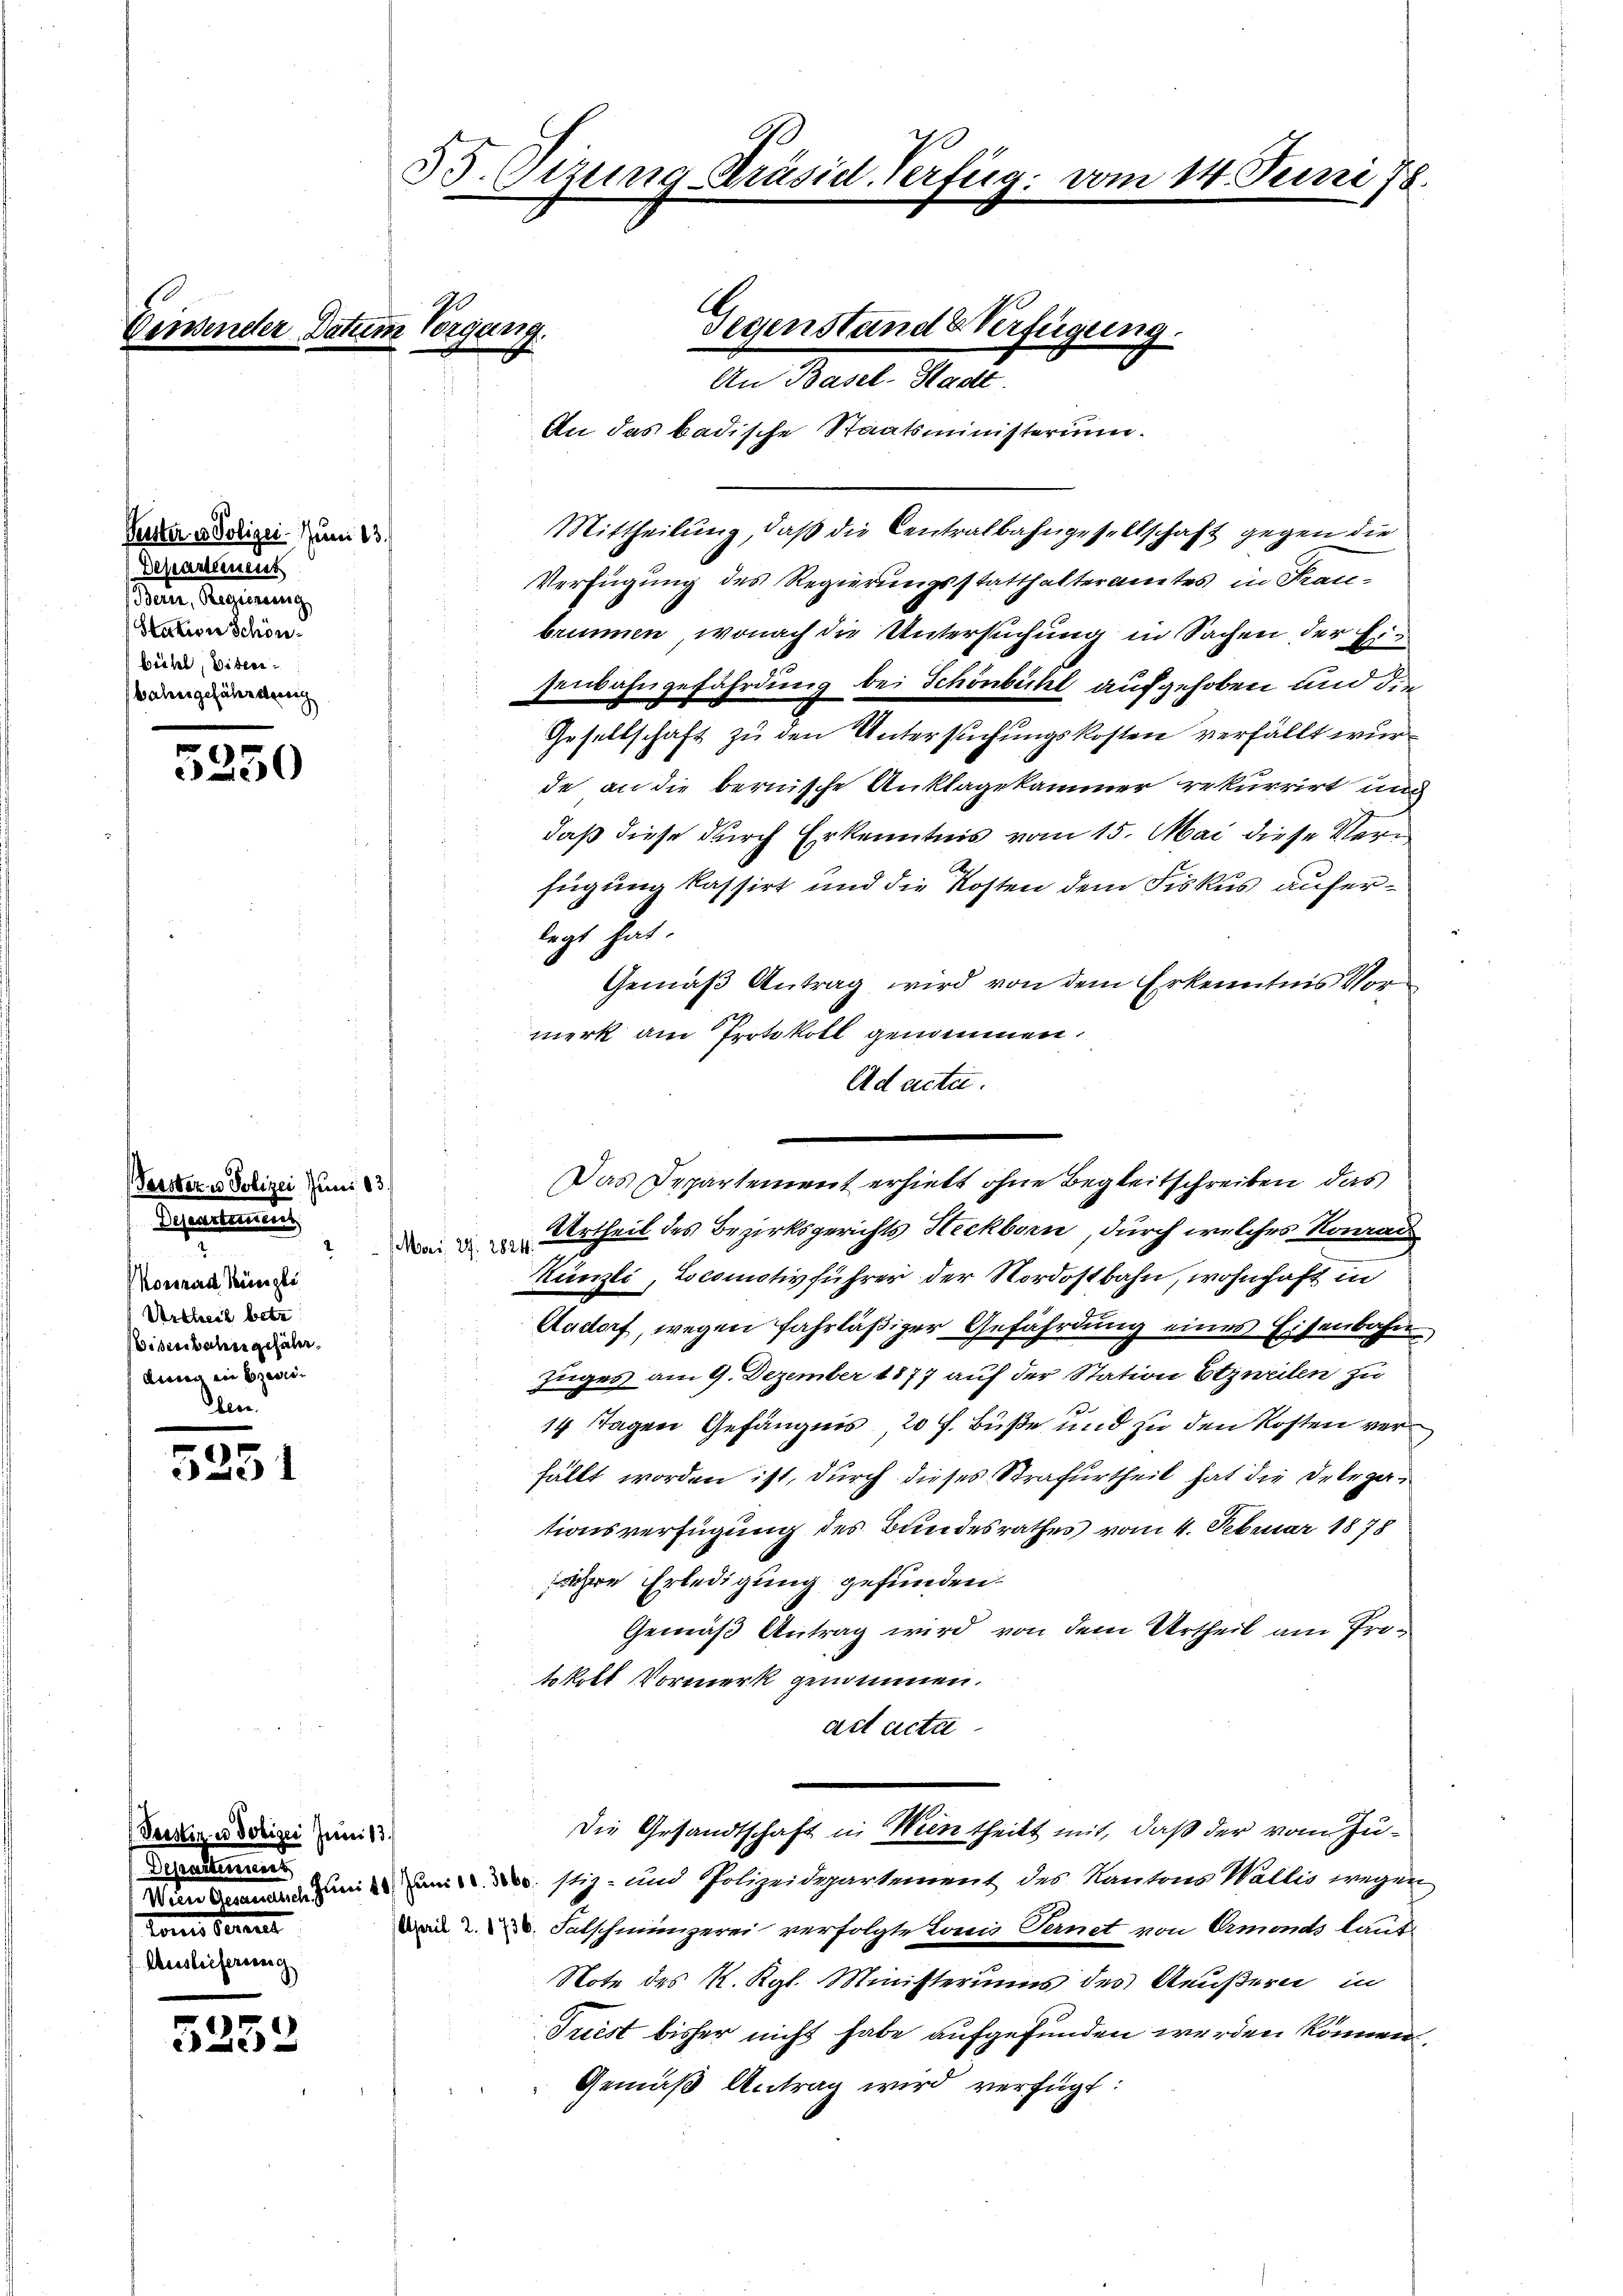
Einsender Datum Vorgang.

Peister u. Polizei. Juni 13.
Departeines
n. Regierung
Stativer Schön
bühel, Viberbahresgefährdung

5250

Verster u. Polizei Juni 183
Deseartement
Konrad Bünzli
Urtheil betr
isenbahn gehäler,
dung in bezei¬

Der

n
Ausleife

5251

5233

Pobiger Juni 13.
tinnert
en

55. Vizung-Präsid. Verfüg: von

Gegenstand & Verfügung.
An Basel-Stadt.

An das badische Staatsministerium

Mittheilung, daß die Centralbahngesellschaft gegen die
Verfügung des Regierungsstatthalteramtes in Frau-
brunnen, wonach die Untersuchung in Sachen der Eisenbahngefährdung bei Schönbühl aufgehoben und die
Gesellschaft zu den Untersuchungskosten verfällt wurde an die bernische Anklagekammer rekurrirt und
daß diese durch Erkenntnis vom 15. Mai diese Verfügung kassirt und die Kosten dem Fiskus auferlegt hat.
Gemäß Antrag wird von dem Erkenntnis Vormerk am Protokoll genommen.
Ad acta.
Urtheil des Bezirksgerichts Heckborn, durch welches Konrads
Mori, 29. 2824.
Künzli, Locomotivführer der Nordostbahn, wohnhaft in
Aadorf, wegen fahrläßiger Gefährdung eines Eisenbahn
Zuges am 9. Dezember 1877 auf der Station Etzneilen zu
14 Tagen Gefängnis, 20 f. Buße und zu den Kosten verfällt worden ist, durch dieses Strafurtheil hat die Delegationsverfügung des Bundesrathes vom 4. Februar 1878
ihre Erledigung gefunden.
Gemäß Antrag wird von dem Urtheil am Protokoll Vormerk genommen.
act acta
Die Gesandtschaft in Weintheilt mit, daß der von Zu¬
 um stiz- und Polizeidepartement des Kantons Wallis wegen
a. Falschmünzerei verfolgte Lois Ternet von Ormonds laut
Note des K. Kgl. Ministeriums des Aeußern in
Triest bisher nicht habe aufgefunden werden können.
Gemäß Antrag wird verfügt:

14. Juni 18

Das Departement erhielt ohne Begleitschreiben das